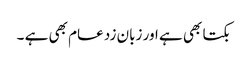
بکتا بھی ہے اور زبان زد عام بھی ہے ۔